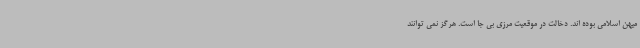
میهن اسلامی بوده اند. دخالت در موقعیت مرزی بی جا است. هرگز نمی توانند